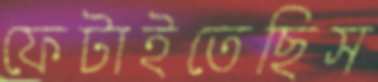
ফেটাইতেছিস